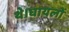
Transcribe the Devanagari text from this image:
थे।घायलों